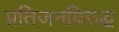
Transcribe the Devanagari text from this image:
प्रतिजनविरुद्ध